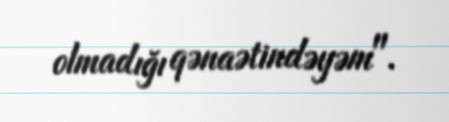
olmadığı qənaətindəyəm".